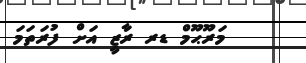
މަރޫޙޫމް ޑރ ރާޒީ އަށް ފުރަތަމަ